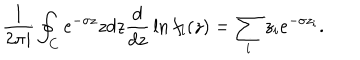
LaTeX: { \frac { 1 } { 2 \pi i } } \oint _ { C } e ^ { - \sigma z } z d z { \frac { d } { d z } } \ln f _ { l } ( z ) = \sum _ { i } z _ { i } e ^ { - \sigma z _ { i } } .